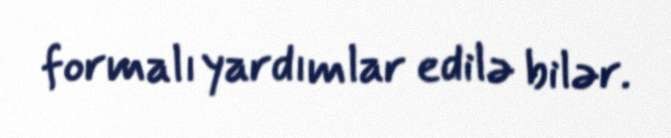
formalı yardımlar edilə bilər.